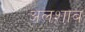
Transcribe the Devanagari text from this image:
अलशाब